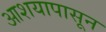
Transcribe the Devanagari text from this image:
आशयापासून